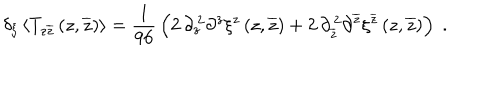
LaTeX: \delta _ { \xi } \left< T _ { z \overline { { z } } } \left( z , \overline { { z } } \right) \right> = { \frac { 1 } { 9 6 } } \left( 2 \, \partial _ { z } ^ { \, 2 } \partial ^ { z } \xi ^ { z } \left( z , \overline { { z } } \right) + 2 \, \partial _ { \overline { { z } } } ^ { \, 2 } \partial ^ { \overline { { z } } } \xi ^ { \overline { { z } } } \left( z , \overline { { z } } \right) \right) \; .